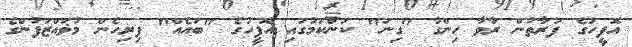
އޮފީހުގެ ފަރާތުން ރާވާ ހިންގާ "ގިނަ" ކަންކަމުގައި އޮފީހުގެ "ބައެއް" ފިރިހެން މުޥައްޒަފުންގެ